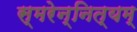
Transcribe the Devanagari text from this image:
स्मरेन्‍नित्यम्‌